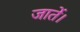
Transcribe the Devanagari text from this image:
जातें।